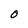
Character: O